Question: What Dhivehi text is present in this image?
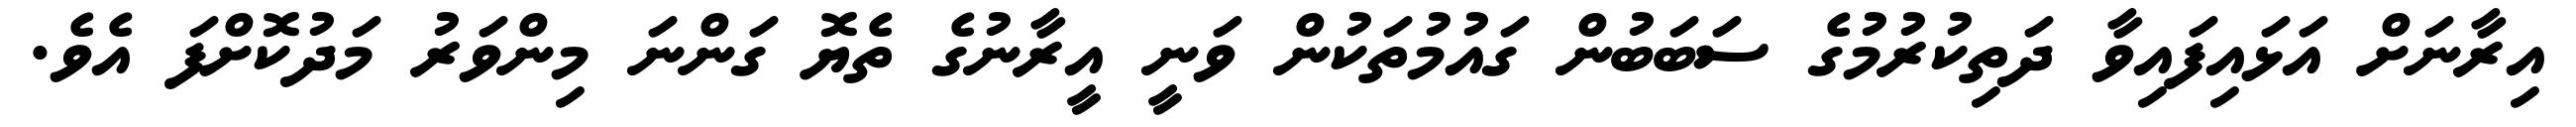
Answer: އިރާނަށް އަޅައިފައިވާ ދަތިކުރުމުގެ ސަބަބުން ގައުމުތަކުން ވަނީ އީރާނުގެ ތެޔޮ ގަންނަ މިންވަރު މަދުކޮށްފަ އެވެ.